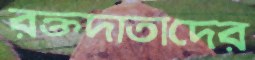
রক্তদাতাদের